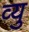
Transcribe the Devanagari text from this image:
व्यु